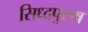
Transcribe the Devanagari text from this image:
सिध्दपुरुष